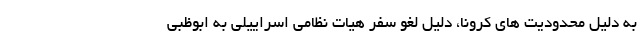
به دلیل محدودیت های کرونا، دلیل لغو سفر هیات نظامی اسراییلی به ابوظبی